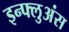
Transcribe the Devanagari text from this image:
इन्फ्लुअंस